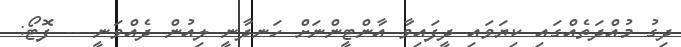
ދިގު މުއްދަތެއްގައި ކިޔަވައި ދީފައިވާ އާންޓީންނަށް ހަނދާނީ ލިއުން ދެއްވަނީ -- ފޮޓޯ: